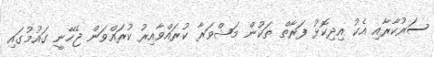
ސަރުކާރާއި އެކު އިދިކޮޅު ފަރާތް ތަކުން މަޝްވަރާ ކުރައްވާއިރު ކުރައްވަން ޖެހޭނީ ގައުމުގައި